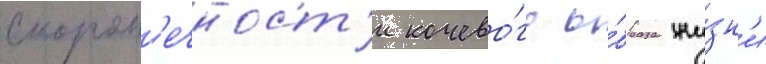
скорот'ечност'и кочево́го о́браза жи́зн'и